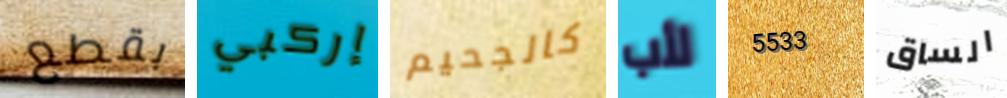
بقطع إركبي كالجحيم لأب 5533 الساق